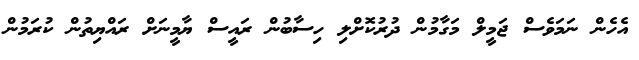
އެހެން ނަމަވެސް ޖަމީލް މަގާމުން ދުރުކޮށްލި ހިސާބުން ރައީސް ޔާމީނަށް ރައްޔިތުން ކުރަމުން